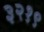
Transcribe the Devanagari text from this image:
३२१९